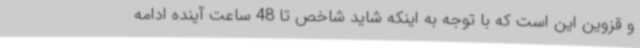
و قزوین این است که با توجه به اینکه شاید شاخص تا 48 ساعت آینده ادامه